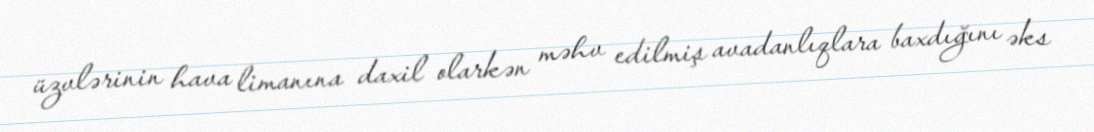
üzvlərinin hava limanına daxil olarkən məhv edilmiş avadanlıqlara baxdığını əks